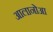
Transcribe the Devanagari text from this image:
आलानोआ